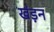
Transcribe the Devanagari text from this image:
खंड़न